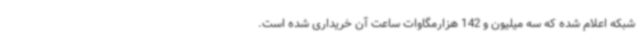
شبکه اعلام شده که سه میلیون و 142 هزارمگاوات ساعت آن خریداری شده است.